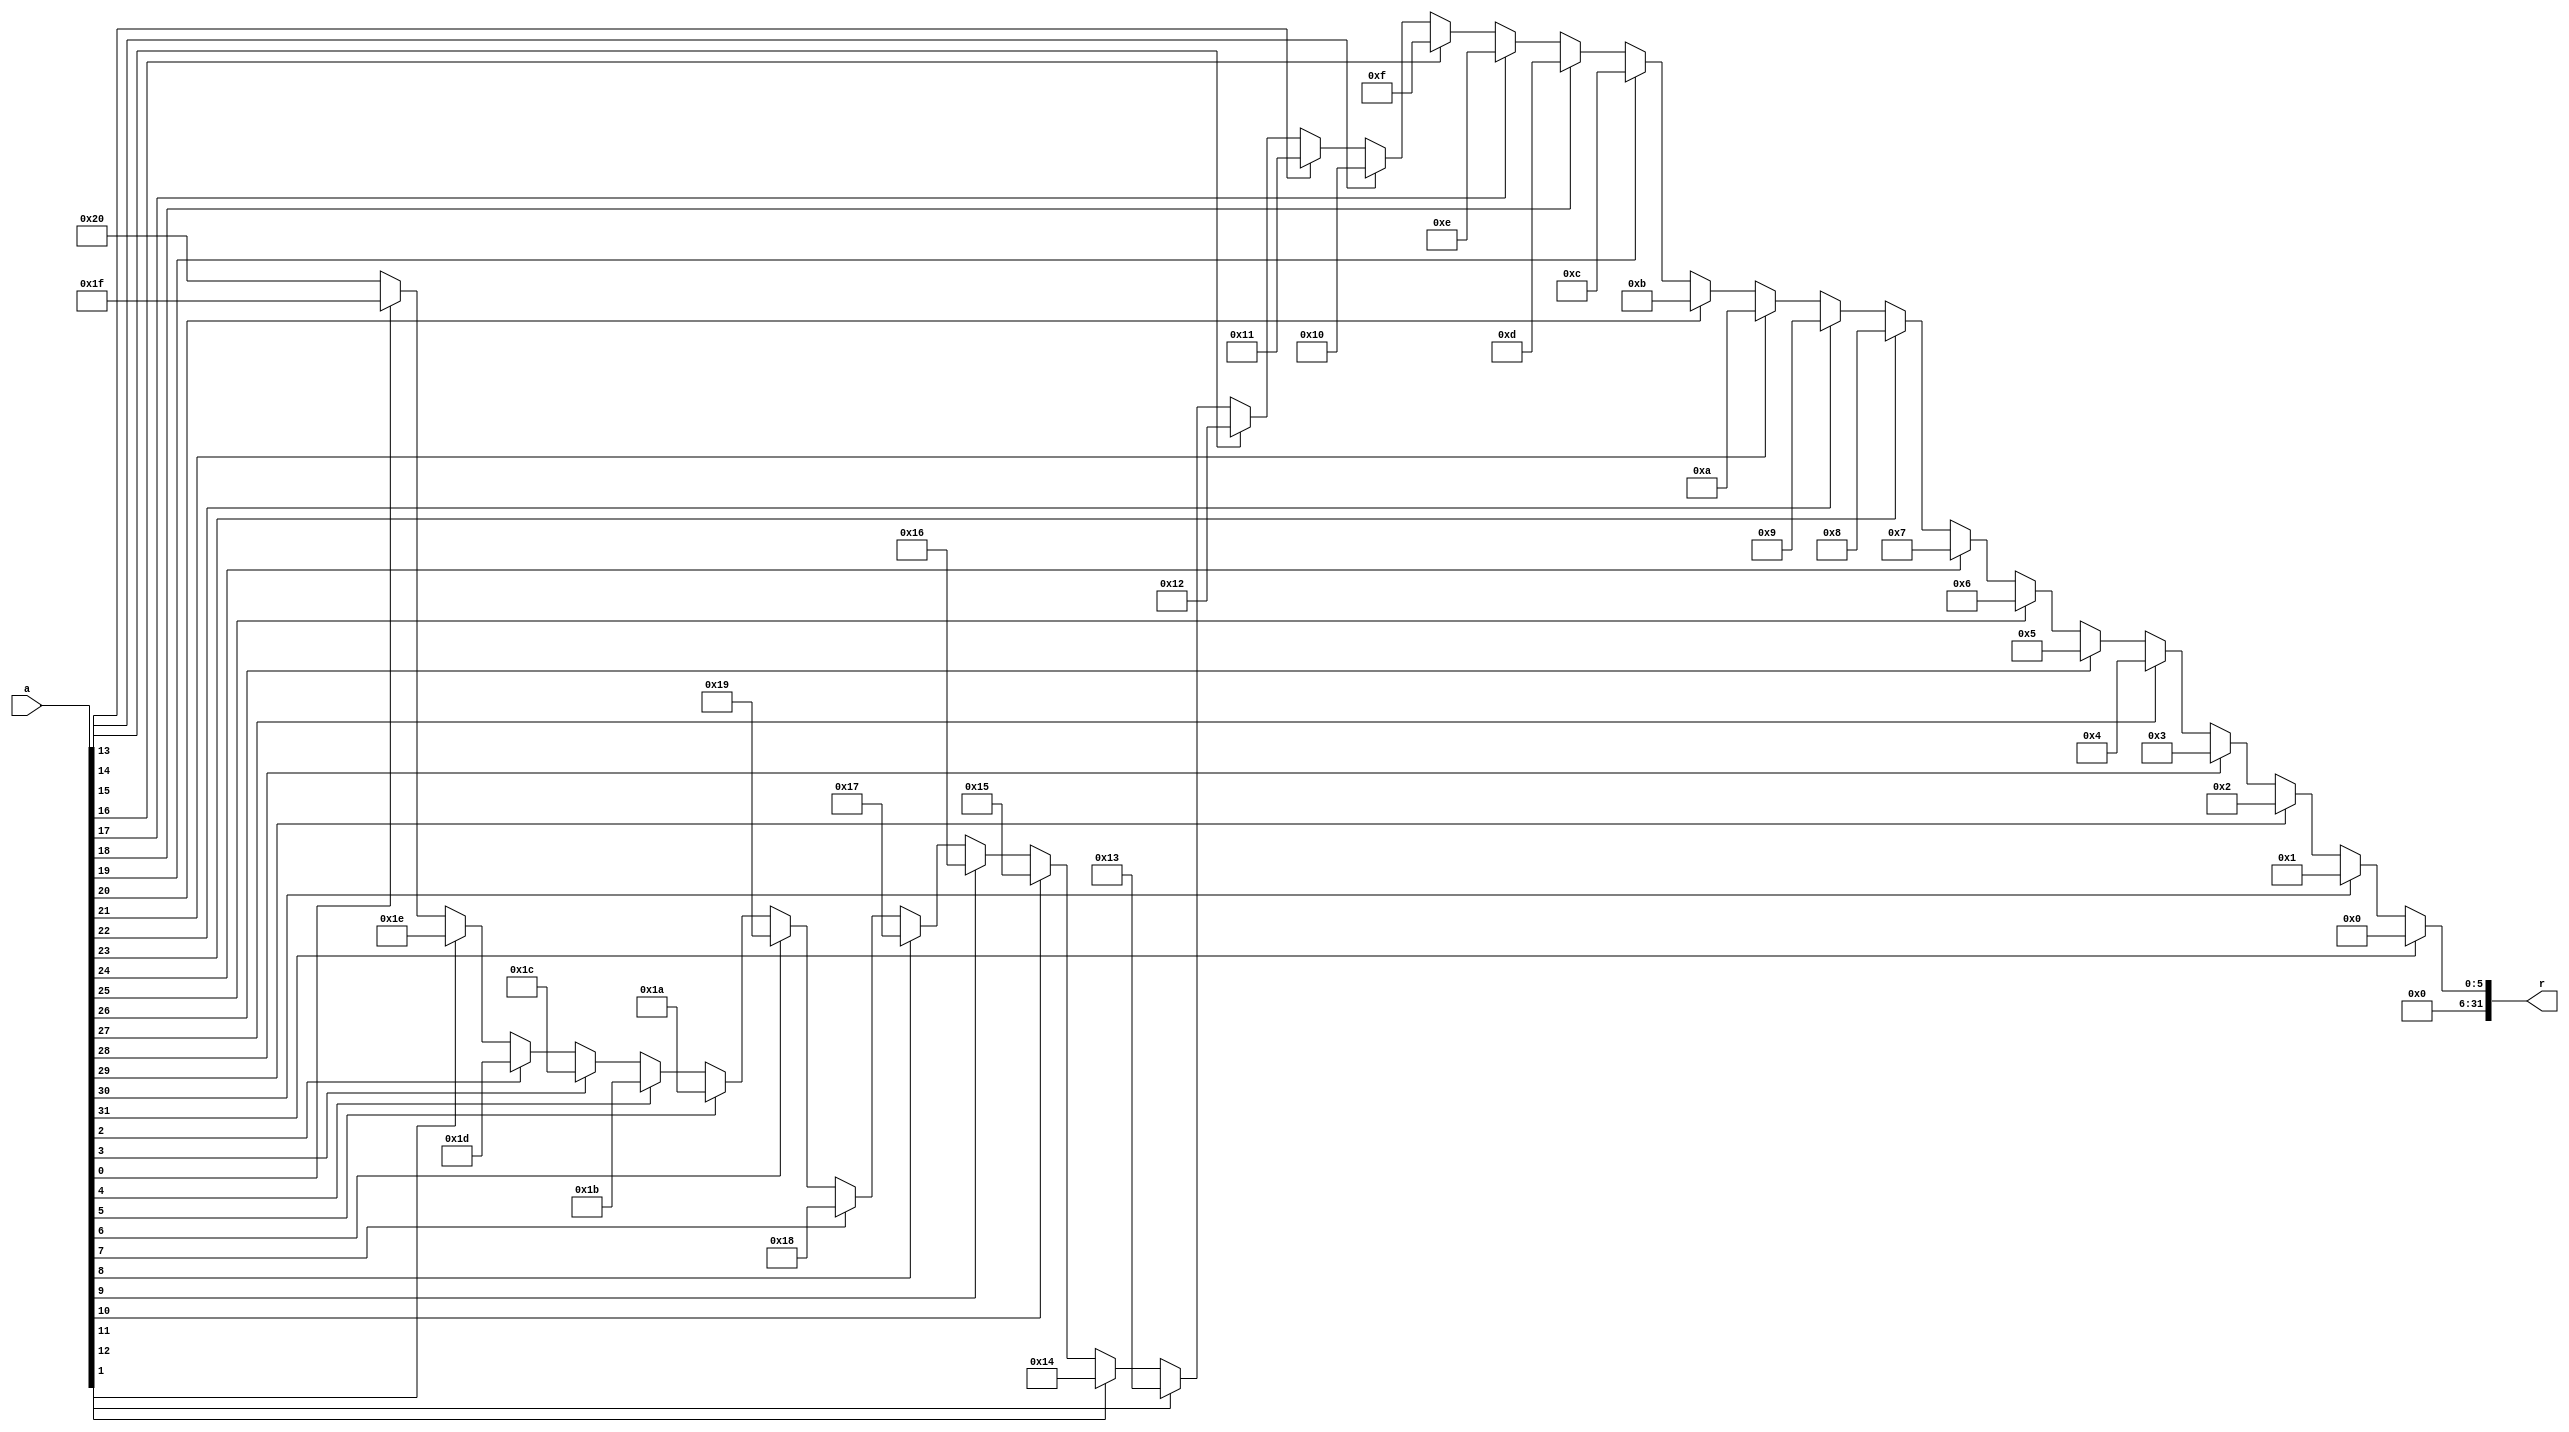
`timescale 1ns / 1ps
//////////////////////////////////////////////////////////////////////////////////
// Company: 
// Engineer: 
// 
// Design Name: 
// Module Name: CLZ
// Project Name: 
// Target Devices: 
// Tool Versions: 
// Description: 
// 
// Dependencies: 
// 
// Revision:
// Revision 0.01 - File Created
// Additional Comments:
// 
//////////////////////////////////////////////////////////////////////////////////



module CLZ(
    input [31 : 0] a,//from rs
    output [31 : 0] r//to mux2
    );
    reg [31 : 0] tmp;
    assign r = tmp;
    
    always @ (*) 
    begin
          if(a[31])
          tmp = 0;
          else if(a[30])
          tmp = 1;
          else if(a[29])
          tmp = 2;
          else if(a[28])
          tmp = 3;
          else if(a[27])
          tmp = 4;
          else if(a[26])
          tmp = 5;
          else if(a[25])
          tmp = 6;
          else if(a[24])
          tmp = 7;
          else if(a[23])
          tmp = 8;
          else if(a[22])
          tmp = 9;
          else if(a[21])
          tmp = 10;
          else if(a[20])
          tmp = 11;
          else if(a[19])
          tmp = 12;
          else if(a[18])
          tmp = 13;
          else if(a[17])
          tmp = 14;
          else if(a[16])
          tmp = 15;
          else if(a[15])
          tmp = 16;
          else if(a[14])
          tmp = 17;
          else if(a[13])
          tmp = 18;
          else if(a[12])
          tmp = 19;
          else if(a[11])
          tmp = 20;
          else if(a[10])
          tmp = 21;
          else if(a[9])
          tmp = 22;
          else if(a[8])
          tmp = 23;
          else if(a[7])
          tmp = 24;
          else if(a[6])
          tmp = 25;
          else if(a[5])
          tmp = 26;
          else if(a[4])
          tmp = 27;
          else if(a[3])
          tmp = 28;
          else if(a[2])
          tmp = 29;
          else if(a[1])
          tmp = 30;
          else if(a[0])
          tmp = 31;
          else
          tmp = 32;
        end
        
endmodule